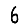
Digit: 6